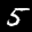
Label: 5